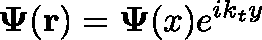
\mathbf { \Psi } ( \mathbf { r } ) = \mathbf { \Psi } ( x ) e ^ { i k _ { t } y }